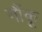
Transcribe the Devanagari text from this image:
गौंकू